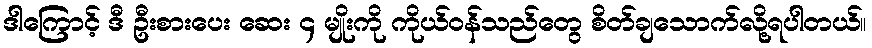
ဒါကြောင့် ဒီ ဦးစားပေး ဆေး ၄ မျိုးကို ကိုယ်ဝန်သည်တွေ စိတ်ချသောက်လို့ရပါတယ်။